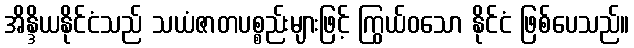
အိန္ဒိယနိုင်ငံသည် သယံဇာတပစ္စည်းများဖြင့် ကြွယ်ဝသော နိုင်ငံ ဖြစ်ပေသည်။